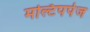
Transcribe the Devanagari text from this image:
मल्टिपर्पज